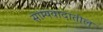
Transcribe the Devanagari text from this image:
साम्यवादातील